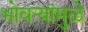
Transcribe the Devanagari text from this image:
भोवर्‍यांमुळे